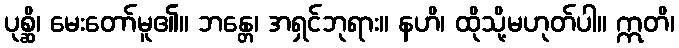
ပုစ္ဆိ၊ မေးတော်မူ၏။ ဘန္တေ၊ အရှင်ဘုရား။ နဟိ၊ ထိုသို့မဟုတ်ပါ။ ဣတိ၊